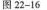
图22-16